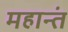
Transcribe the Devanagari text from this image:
महान्तं